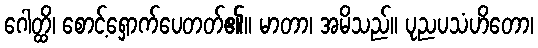
ဂေါတ္ထိ၊ စောင့်ရှောက်ပေတတ်၏။ မာတာ၊ အမိသည်။ ပုညပသံဟိတော၊